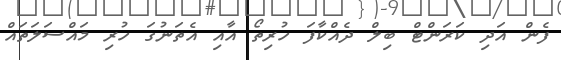
ފެން އަދި ކަރަންޓް ބިލް ދެއްކާފަ ހުރިތޯ އާއި އެތަނުގަ ހުރި މައްސަލަތައް